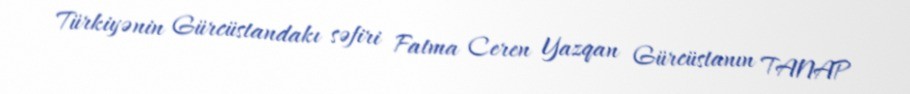
Türkiyənin Gürcüstandakı səfiri Fatma Ceren Yazqan Gürcüstanın TANAP